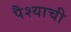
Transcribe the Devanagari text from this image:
पैश्याची